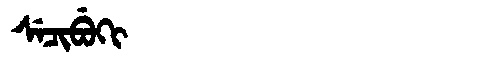
Manchu: ᠰᡝᠴᡳᠪᡠᡴᡳ
Romanization: SECIBUKI